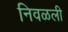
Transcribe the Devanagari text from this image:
निवळली